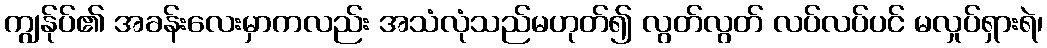
ကျွန်ုပ်၏ အခန်းလေးမှာကလည်း အသံလုံသည်မဟုတ်၍ လွတ်လွတ် လပ်လပ်ပင် မလှုပ်ရှားရဲ၊